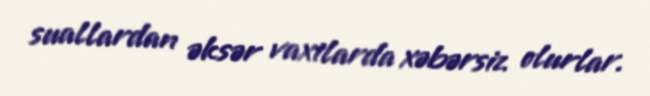
suallardan əksər vaxtlarda xəbərsiz olurlar.